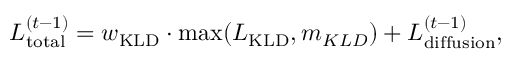
\begin{array} { r } { L _ { \mathrm { t o t a l } } ^ { ( t - 1 ) } = w _ { \mathrm { K L D } } \cdot \mathrm { m a x } ( L _ { \mathrm { K L D } } , m _ { K L D } ) + L _ { \mathrm { d i f f u s i o n } } ^ { ( t - 1 ) } , } \end{array}